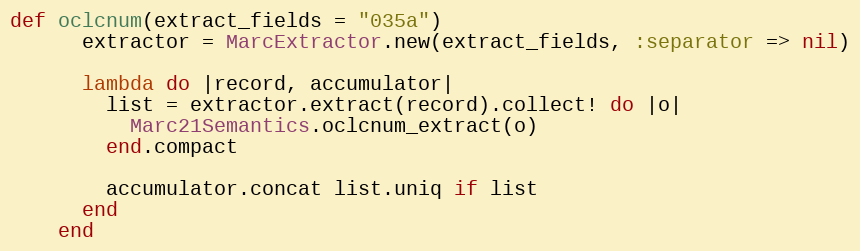
Language: Ruby
def oclcnum(extract_fields = "035a")
      extractor = MarcExtractor.new(extract_fields, :separator => nil)

      lambda do |record, accumulator|
        list = extractor.extract(record).collect! do |o|
          Marc21Semantics.oclcnum_extract(o)
        end.compact

        accumulator.concat list.uniq if list
      end
    end